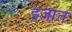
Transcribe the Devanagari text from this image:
इजात